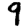
Digit: 9